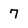
Character: 7